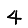
Digit: 4